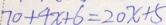
7 0 + 4 x + 6 = 2 0 x + 5